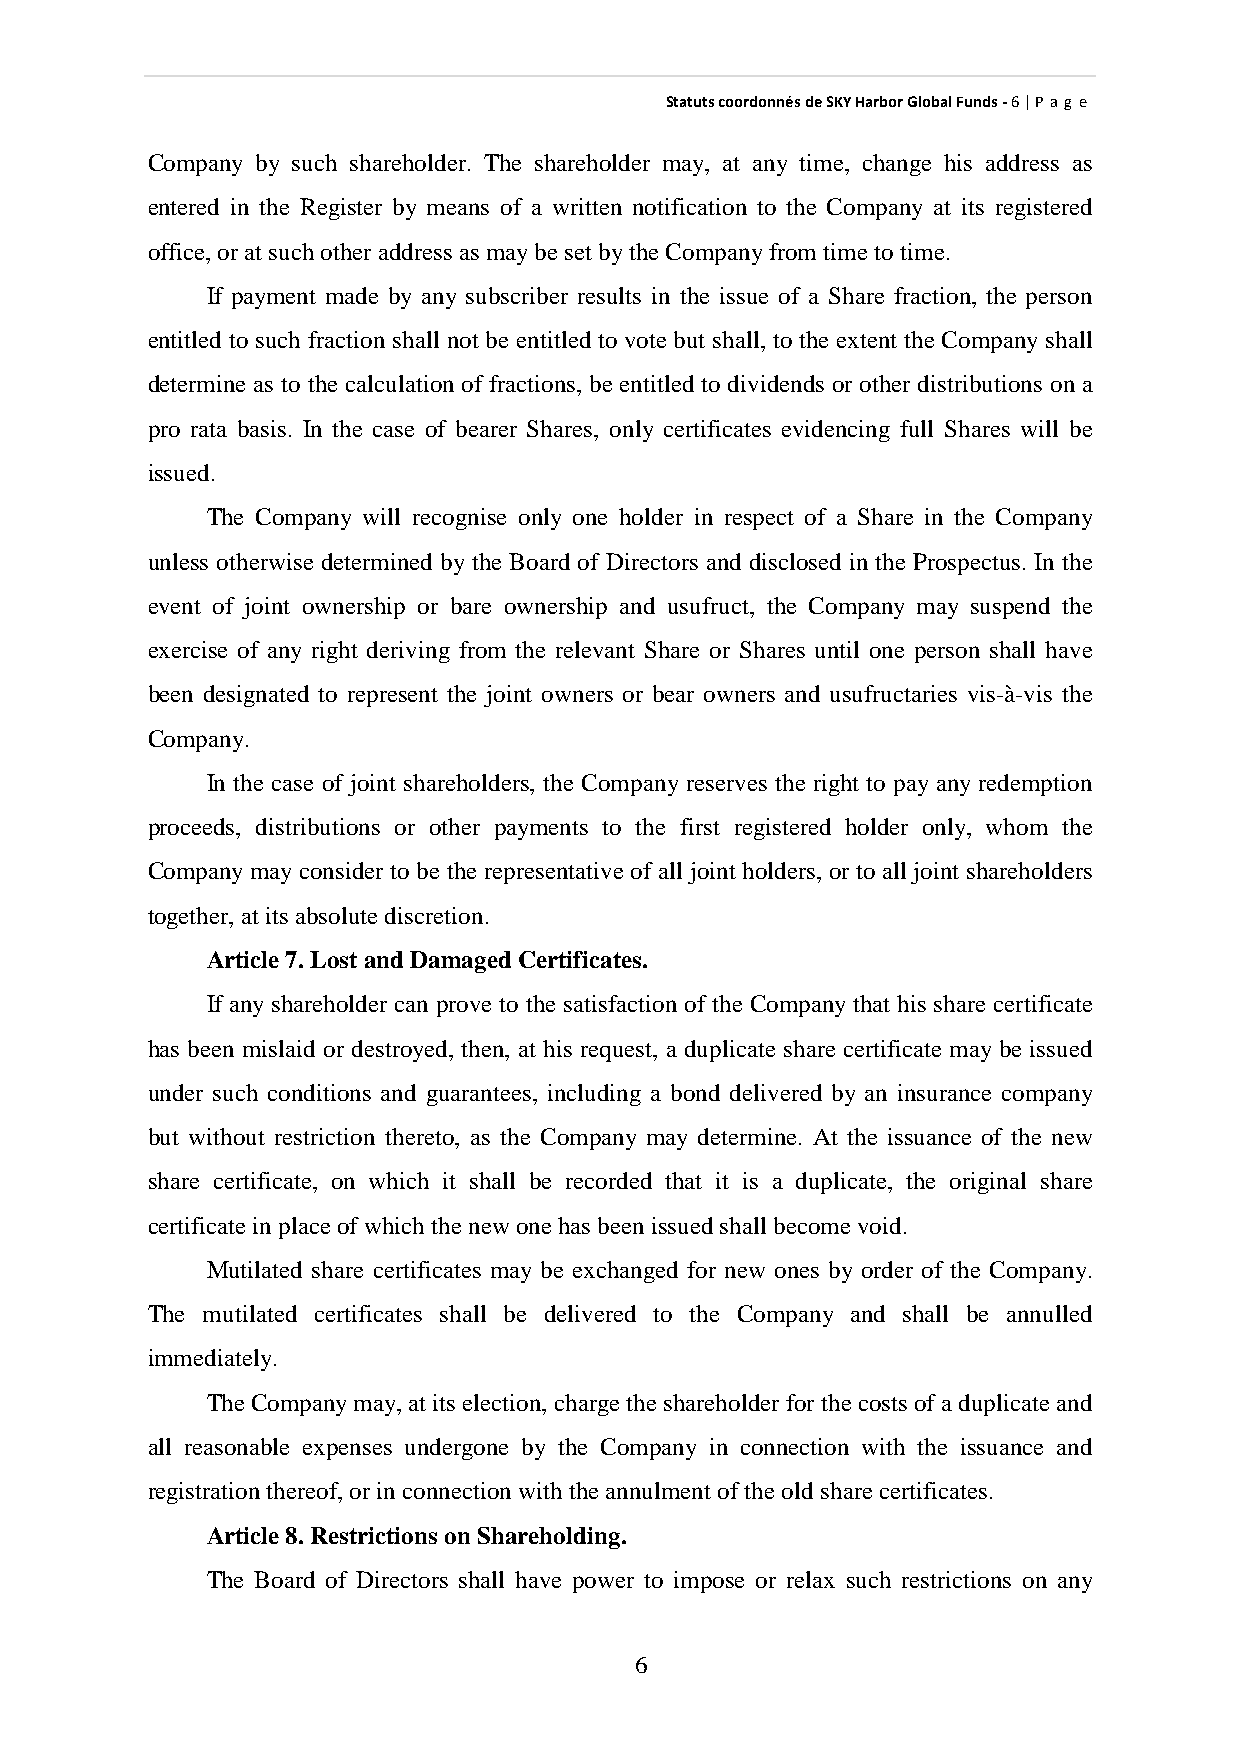
StatutscoordonnésdeSKYHarborGlobalFunds-6|P ag e
 Company by such shareholder. The shareholder may, at any time, change his address as
 entered in the Register by means of a written notification to the Company at its registered
 office,orat suchotheraddress as maybeset bytheCompanyfrom timetotime.
 If payment made by any subscriber results in the issue of a Share fraction, the person
 entitled to such fraction shall not be entitled to vote but shall, to the extent the Companyshall
 determine as to the calculation of fractions, be entitled to dividends or other distributions on a
 pro rata basis. In the case of bearer Shares, only certificates evidencing full Shares will be
 issued.
 The Company will recognise only one holder in respect of a Share in the Company
 unless otherwise determined by the Board of Directors and disclosed in the Prospectus. In the
 event of joint ownership or bare ownership and usufruct, the Company may suspend the
 exercise of any right deriving from the relevant Share or Shares until one person shall have
 been designated to represent the joint owners or bear owners and usufructaries vis-à-vis the
 Company.
 In the case of joint shareholders, the Company reserves the right to pay any redemption
 proceeds, distributions or other payments to the first registered holder only, whom the
 Companymayconsider to be the representative of all joint holders, or to all joint shareholders
 together,at its absolutediscretion.
 Article7.Lostand Damaged Certificates.
 If anyshareholder can prove to the satisfaction of the Companythat his share certificate
 has been mislaid or destroyed, then, at his request, a duplicate share certificate may be issued
 under such conditions and guarantees, including a bond delivered by an insurance company
 but without restriction thereto, as the Company may determine. At the issuance of the new
 share certificate, on which it shall be recorded that it is a duplicate, the original share
 certificateinplaceofwhich thenewonehas beenissuedshall becomevoid.
 Mutilated share certificates may be exchanged for new ones by order of the Company.
 The mutilated certificates shall be delivered to the Company and shall be annulled
 immediately.
 TheCompanymay,at its election,chargetheshareholderforthecosts ofaduplicateand
 all reasonable expenses undergone by the Company in connection with the issuance and
 registrationthereof,orinconnectionwiththeannulment oftheoldsharecertificates.
 Article8.Restrictions on Shareholding.
 The Board of Directors shall have power to impose or relax such restrictions on any
 6